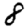
Digit: 8